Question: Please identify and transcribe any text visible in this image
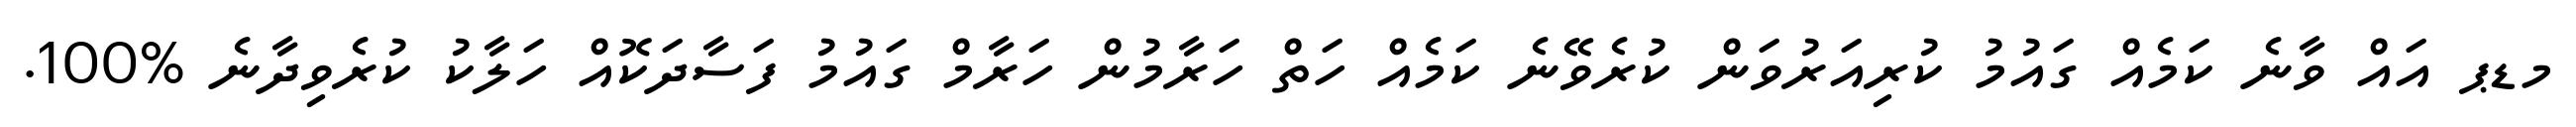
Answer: މޑޕ އައް ވާނެ ކަމެއް ގައުމު ކުރިއަރުވަން ކުރެވޭނެ ކަމެއް ހަތް ހަރާމުން ހަރާމް ގައުމު ފަސާދަކޮއް ހަލާކު ކުރެވިދާނެ %100.